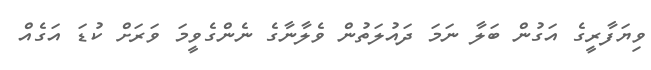
ވިޔަފާރީގެ އަގުން ބަލާ ނަމަ ދައުލަތުން ވެލާނާގެ ނެންގެވީމަ ވަރަށް ކުޑަ އަގެއް